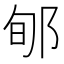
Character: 郇